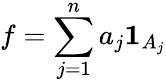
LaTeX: f=\sum_{j=1}^{n}a_{j}\mathbf{1}_{A_{j}}